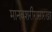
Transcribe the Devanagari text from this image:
मानवशरीरासारखा